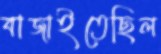
বাজাইতেছিল